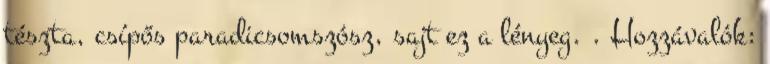
tészta, csípős paradicsomszósz, sajt ez a lényeg. . Hozzávalók: